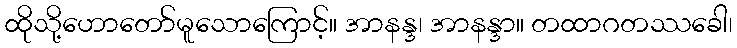
ထိုသို့ဟောတော်မူသောကြောင့်။ အာနန္ဒ၊ အာနန္ဒာ။ တထာဂတဿခေါ၊